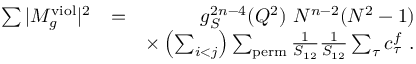
\begin{array} { r l r } { \sum \vert M _ { g } ^ { \mathrm { v i o l } } \vert ^ { 2 } } & { = } & { g _ { S } ^ { 2 n - 4 } ( Q ^ { 2 } ) ~ N ^ { n - 2 } ( N ^ { 2 } - 1 ) } \\ & { } & { \times \left( \sum _ { i < j } \right) \sum _ { \mathrm { p e r m } } \frac { 1 } { S _ { 1 2 } } \frac { 1 } { S _ { 1 2 } } \sum _ { \tau } c _ { \tau } ^ { f } ~ . } \end{array}